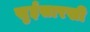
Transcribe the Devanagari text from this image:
सुईसारखी